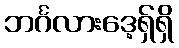
ဘင်္ဂလားဒေ့ရှ်ရှိ